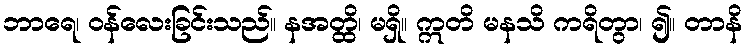
ဘာရေ၊ ဝန်လေးခြင်းသည်။ နအတ္ထိ၊ မရှိ။ ဣတိ မနသိ ကရိတွာ၊ ၍။ တာနိ